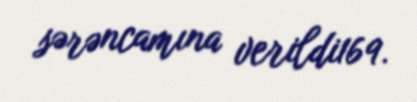
sərəncamına verildi169.